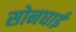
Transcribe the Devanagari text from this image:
सोनघाई